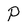
Character: P